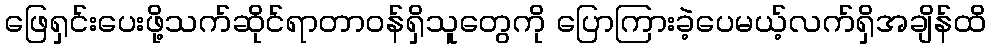
ဖြေရှင်းပေးဖို့သက်ဆိုင်ရာတာဝန်ရှိသူတွေကို ပြောကြားခဲ့ပေမယ့်လက်ရှိအချိန်ထိ